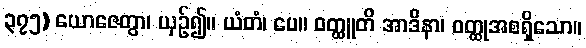
၃၇၅) ယောဇေတွာ၊ ယှဉ်၍။ ယံတံ၊ ပေ။ ဝတ္ထူတိ အာဒိနာ၊ ဝတ္ထုအစရှိသော။